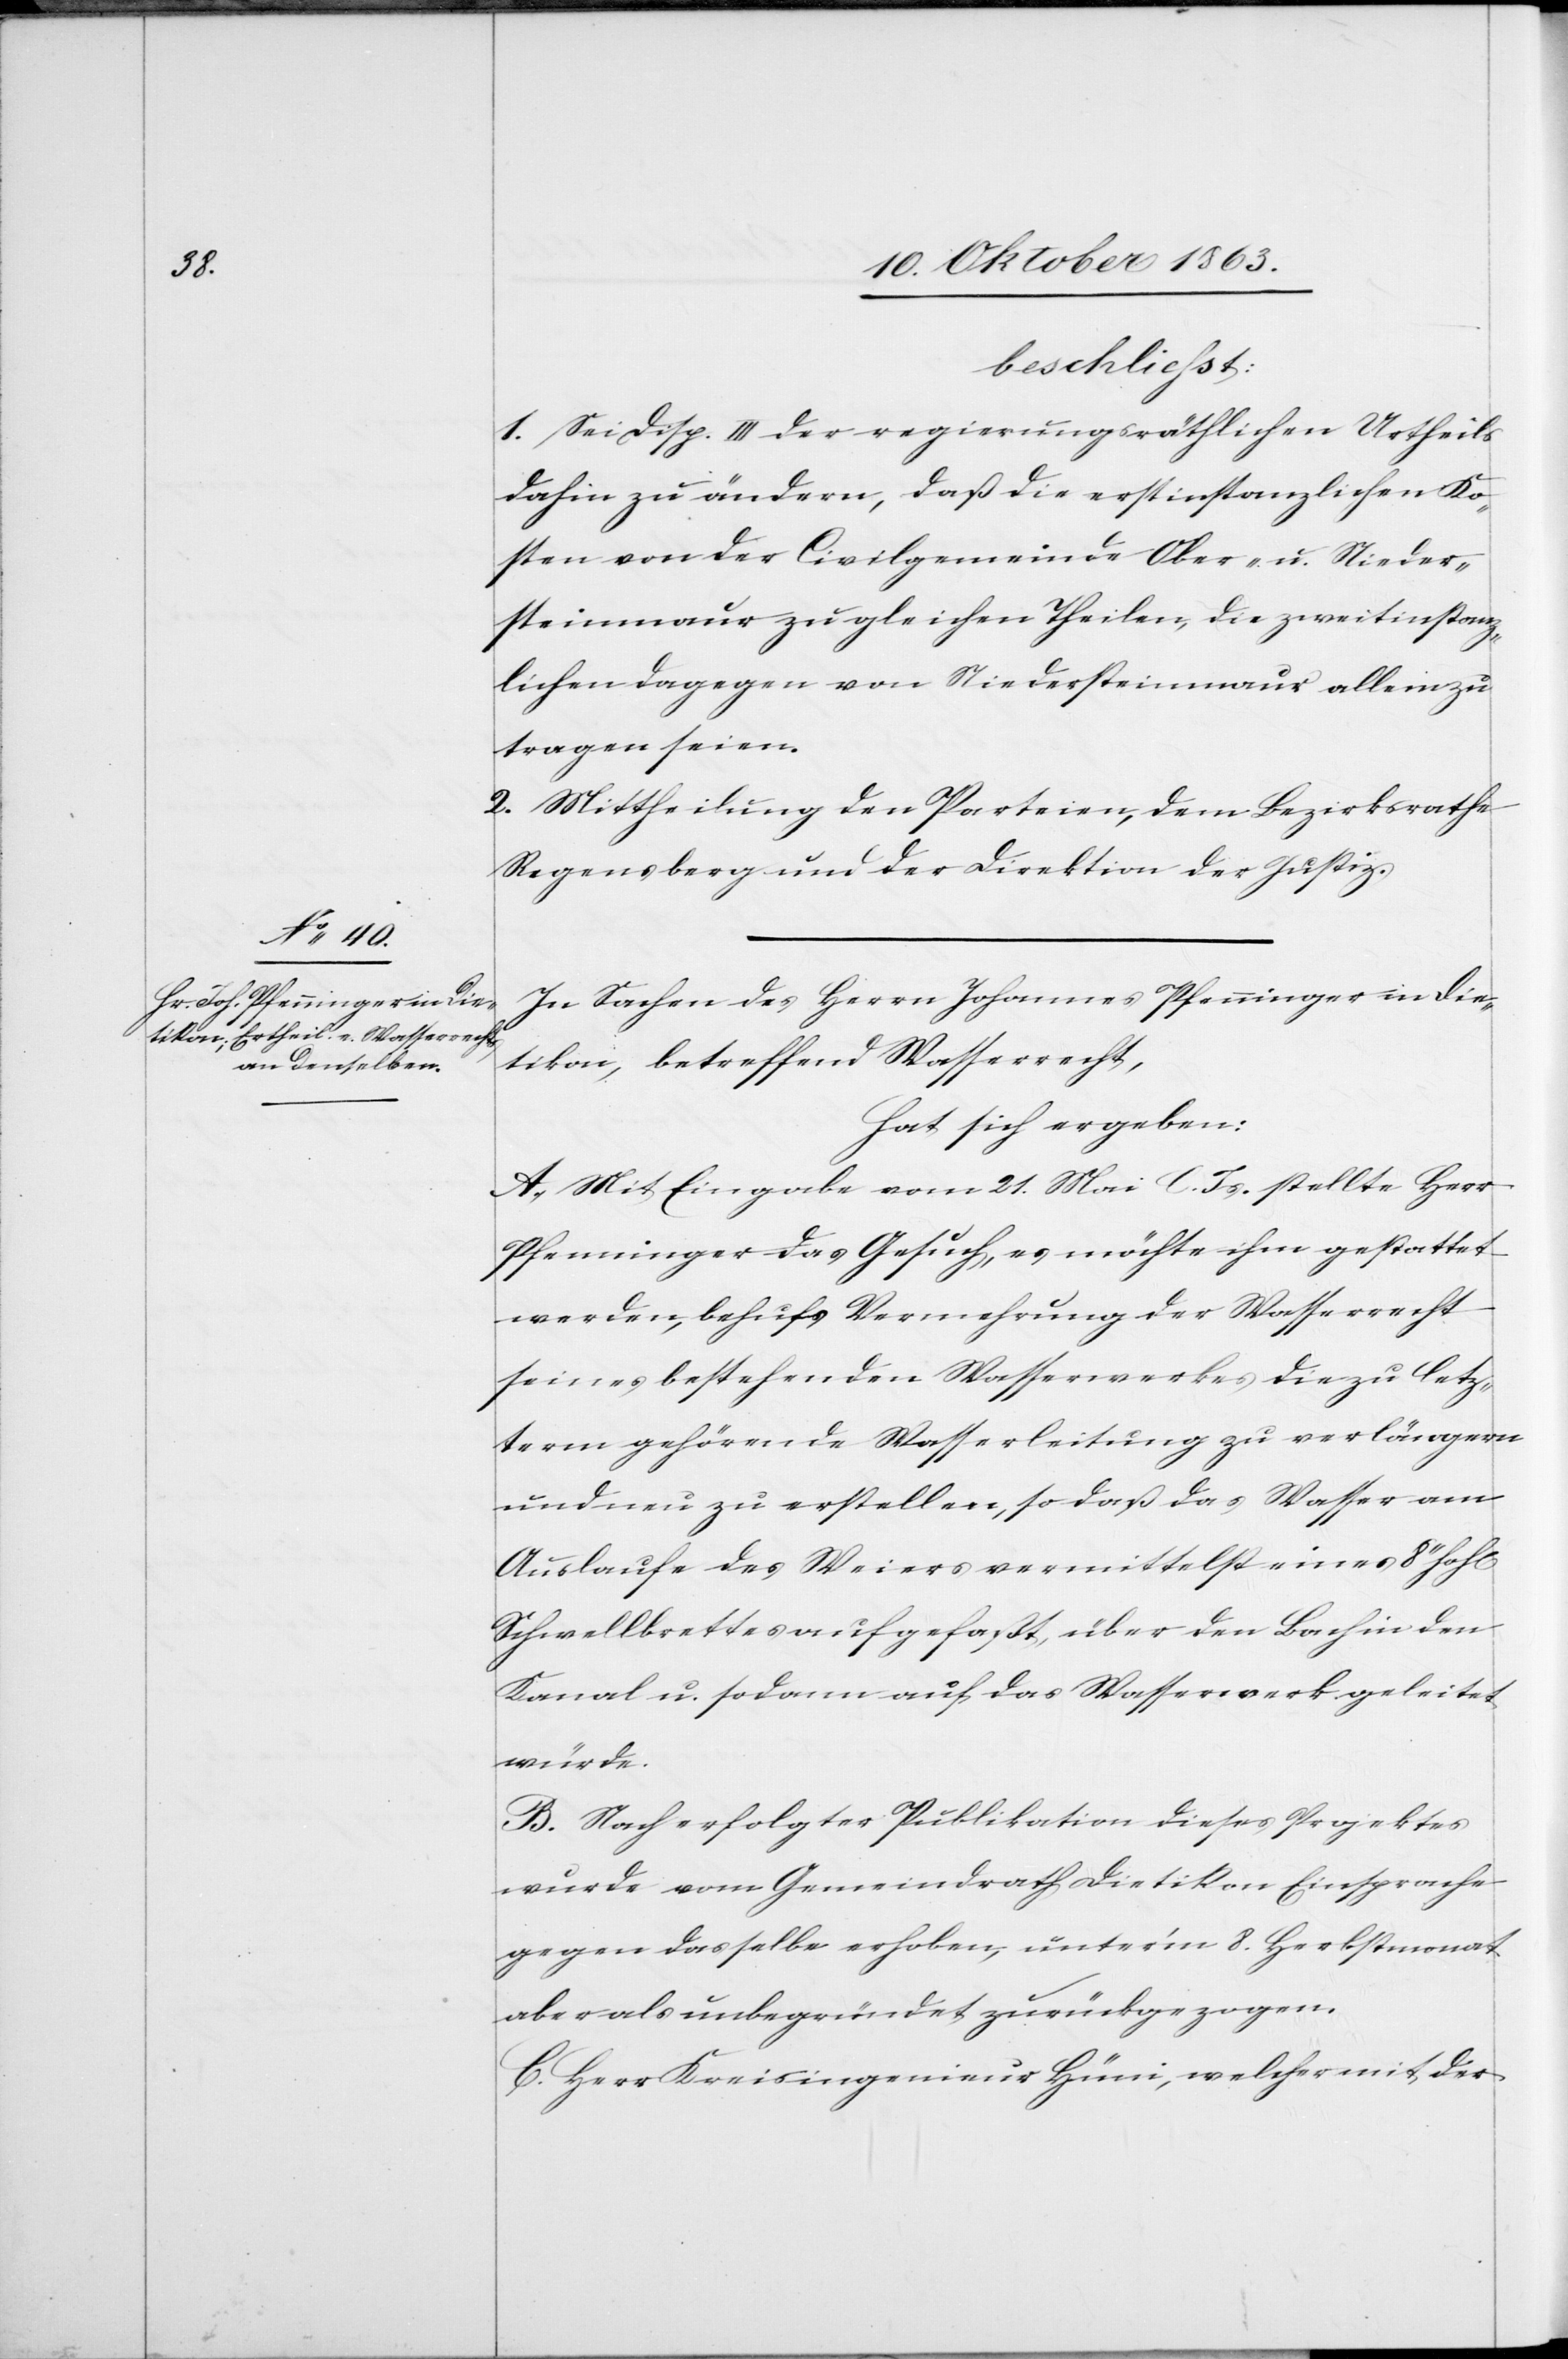
beschliesst:
1. Sei Disp. III der regierungsräthlichen Urtheils
dahin zu ändern, daß die erstinstanzlichen Ko¬
sten von der Civilgemeinde Ober- u. Nieder¬
steinmaur zu gleichen Theilen, die zweitinstanz¬
lichen dagegen von Niedersteinmaur allein zu
tragen seien.
2. Mittheilung den Parteien, dem Bezirksrathe
Regensberg und der Direktion der Justiz.
In Sachen des Herrn Johannes Pfenninger in Die¬
tikon, betreffend Wasserrecht,
hat sich ergeben:
A. Mit Eingabe vom 21. Mai l. Js. stellte Herr
Pfenninger das Gesuch, es möchte ihm gestattet
werden, behufs Vermehrung der [sic!] Wasserrecht
seines bestehenden Wasserwerkes die zu letz¬
term gehörende Wasserleitung zu verlängern
und neu zu erstellen, so daß das Wasser am
Auslaufe des Weiers vermittelst eines 8'' hoh[en]
Schwellbrettes aufgefaßt, über den Bach in den
Kanal u. sodann auf das Wasserwerk geleitet
würde.
B. Nach erfolgter Publikation dieses Projektes
wurde vom Gemeindrath Dietikon Einsprache
gegen dasselbe erhoben, unter'm 8. Herbstmonat
aber als unbegründet zurückgezogen.
C. Herr Kreisingenieur Hüni, welcher mit der